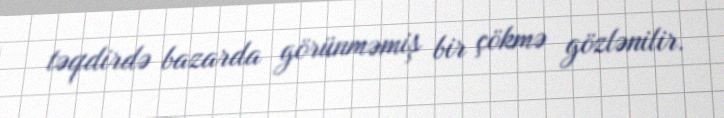
təqdirdə bazarda görünməmiş bir çökmə gözlənilir.